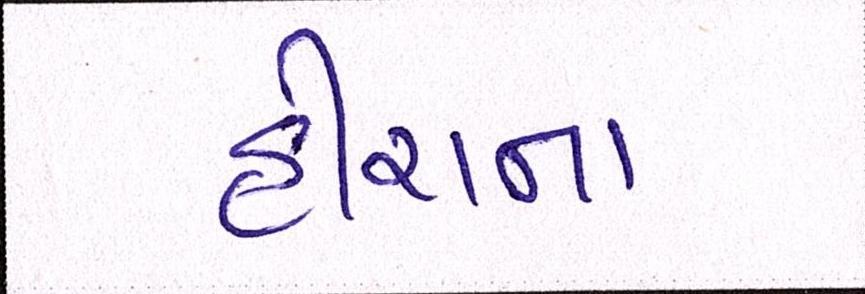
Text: હીરાના